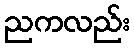
ညကလည်း